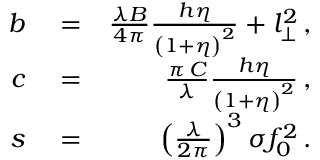
\begin{array} { r l r } { b } & { { } = } & { \frac { \lambda B } { 4 \pi } \frac { h \eta } { \left( 1 + \eta \right) ^ { 2 } } + l _ { \perp } ^ { 2 } \, , } \\ { c } & { { } = } & { \frac { \pi \, C } { \lambda } \frac { h \eta } { \left( 1 + \eta \right) ^ { 2 } } \, , } \\ { s } & { { } = } & { \left( \frac { \lambda } { 2 \pi } \right) ^ { 3 } \sigma f _ { 0 } ^ { 2 } \, . } \end{array}